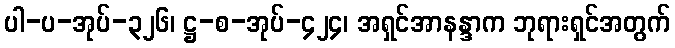
ပါ-ပ-အုပ်-၃၂၆၊ ဋ္ဌ-စ-အုပ်-၄၂၄၊ အရှင်အာနန္ဒာက ဘုရားရှင်အတွက်